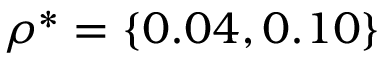
\rho ^ { * } = \{ 0 . 0 4 , 0 . 1 0 \}